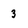
Character: 3